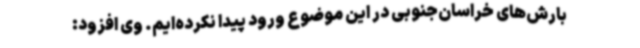
بارش‌های خراسان‌جنوبی در این موضوع ورود پیدا نکرده‌ایم. وی افزود: